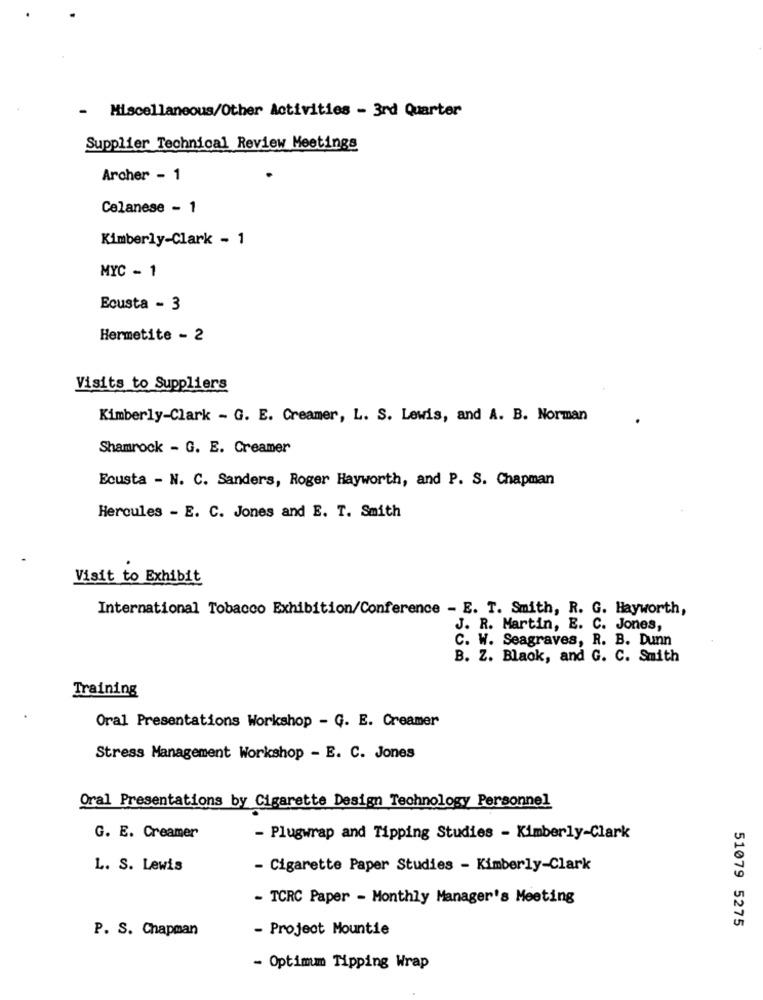
- Miscellaneous/Other Activities - 3rd Quarter
Supplier Technical Review Meetings
Archer - 1
Celanese - 1
Kimberly-Clark - 1
MYC - 1
Ecusta - 3
Hermetite - 2
Visits to Suppliers
Kimberly-Clark - G. E. Creamer, L. S. Lewis, and A. B. Norman
Shamrock - G. E. Creamer
Ecusta - N. C. Sanders, Roger Hayworth, and P. S. Chapman
Hercules - E. C. Jones and E. T. Smith
Visit to Exhibit
International Tobacco Exhibition/Conference - E. T. Smith, R. G. Hayworth,
J. R. Martin, E. C. Jones,
C. W. Seagraves, R. B. Dunn
B. Z. Black, and G. C. Smith
Training
Oral Presentations Workshop - G. E. Creamer
Stress Management Workshop - E. C. Jones
Oral Presentations by Cigarette Design Technology Personnel
G. E. Creamer
- Plugwrap and Tipping Studies - Kimberly-Clark
L. S. Lewis
- Cigarette Paper Studies - Kimberly-Clark
- TCRC Paper - Monthly Manager's Meeting
51079 5275
P. S. Chapman
- Project Mountie
- Optimum Tipping Wrap